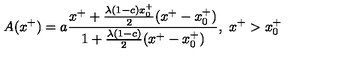
A ( x ^ { + } ) = a { \frac { x ^ { + } + { \frac { \lambda ( 1 - c ) x _ { 0 } ^ { + } } { 2 } } ( x ^ { + } - x _ { 0 } ^ { + } ) } { 1 + { \frac { \lambda ( 1 - c ) } { 2 } } ( x ^ { + } - x _ { 0 } ^ { + } ) } } , \ x ^ { + } > x _ { 0 } ^ { + }